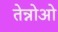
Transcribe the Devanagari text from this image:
तेन्नोओ